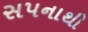
સપનાથી